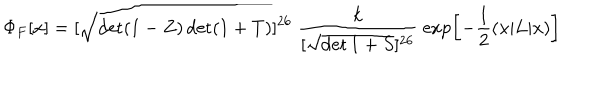
\Phi _ { F } [ x ] = [ \sqrt { \det ( 1 - Z ) \det ( 1 + T ) } ] ^ { 2 6 } \; \frac { k } { [ \sqrt { \det 1 + S } ] ^ { 2 6 } } \; \exp \left[ - \frac { 1 } { 2 } \left( x | L | x \right) \right]